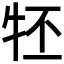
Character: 𤘹